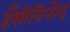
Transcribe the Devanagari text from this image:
हँसीविनोद